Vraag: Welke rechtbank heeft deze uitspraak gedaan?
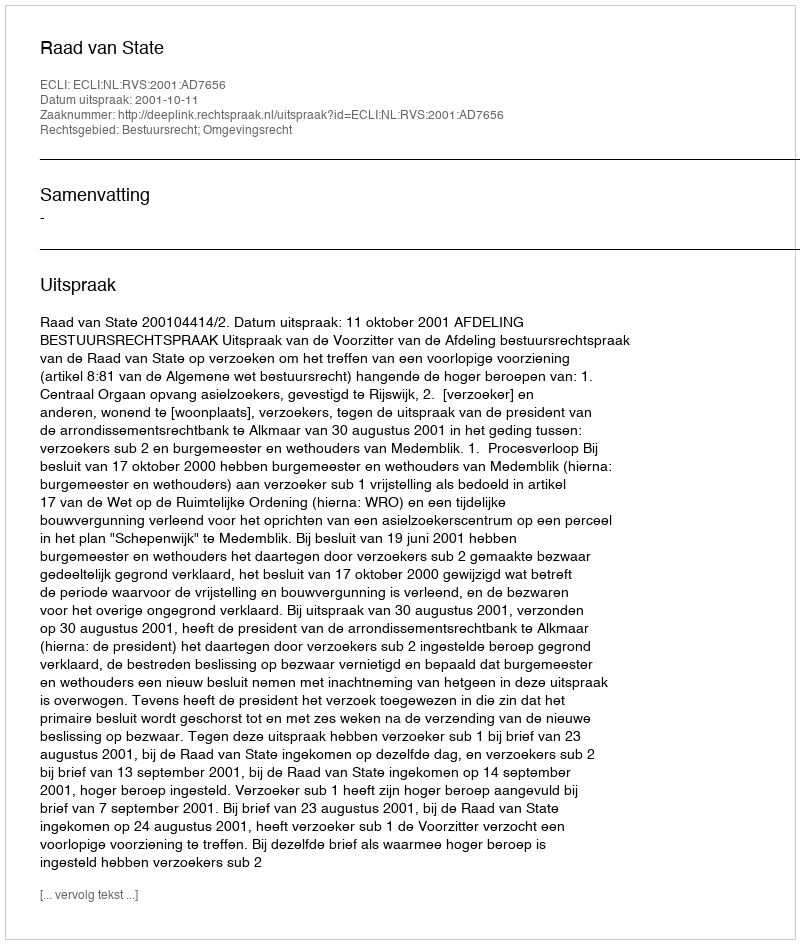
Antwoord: Raad van State